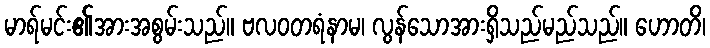
မာရ်မင်း၏အားအစွမ်းသည်။ ဗလဝတရံနာမ၊ လွန်သောအားရှိသည်မည်သည်။ ဟောတိ၊